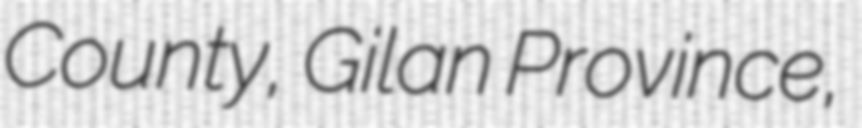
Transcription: County, Gilan Province,